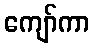
ကျော်ကာ